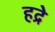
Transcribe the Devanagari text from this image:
हद्रे